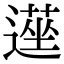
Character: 遳